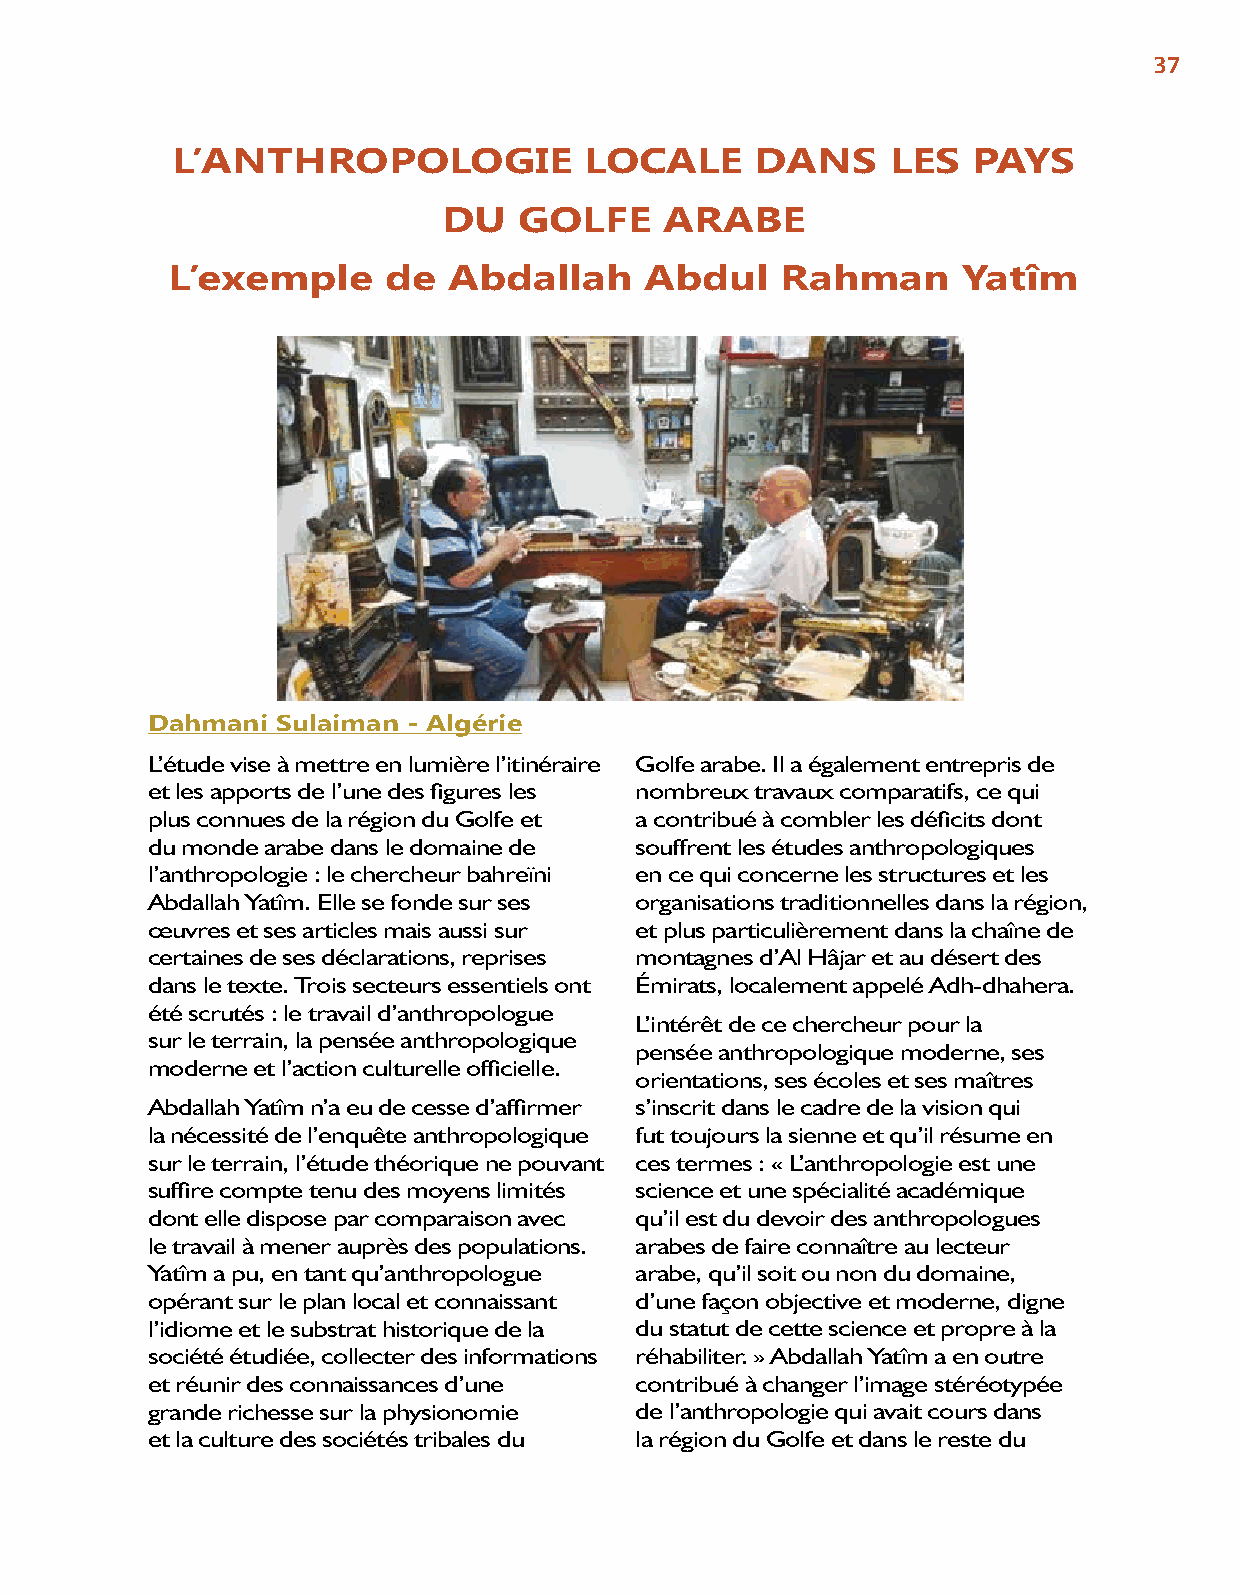
37
 L’ANTHROPOLOGIE             LOCALE     DANS     LES  PAYS
 DU   GOLFE     ARABE
 L’exemple     de   Abdallah     Abdul    Rahman      Yatîm
 Dahmani Sulaiman - Algérie
 L’étude vise à mettre en lumière l’itinéraire Golfe arabe. Il a également entrepris de
 et les apports de l’une des figures les nombreux travaux comparatifs, ce qui
 plus connues de la région du Golfe et a contribué à combler les déficits dont
 du monde arabe dans le domaine de souffrent les études anthropologiques
 l’anthropologie : le chercheur bahreïni en ce qui concerne les structures et les
 Abdallah Yatîm. Elle se fonde sur ses organisations traditionnelles dans la région,
 œuvres et ses articles mais aussi sur et plus particulièrement dans la chaîne de
 certaines de ses déclarations, reprises montagnes d’Al Hâjar et au désert des
 dans le texte. Trois secteurs essentiels ont Émirats, localement appelé Adh-dhahera.
 été scrutés : le travail d’anthropologue
 L’intérêt de ce chercheur pour la
 sur le terrain, la pensée anthropologique
 pensée anthropologique moderne, ses
 moderne et l’action culturelle officielle.
 orientations, ses écoles et ses maîtres
 Abdallah Yatîm n’a eu de cesse d’affirmer s’inscrit dans le cadre de la vision qui
 la nécessité de l’enquête anthropologique fut toujours la sienne et qu’il résume en
 sur le terrain, l’étude théorique ne pouvant ces termes : « L’anthropologie est une
 suffire compte tenu des moyens limités science et une spécialité académique
 dont elle dispose par comparaison avec qu’il est du devoir des anthropologues
 le travail à mener auprès des populations. arabes de faire connaître au lecteur
 Yatîm a pu, en tant qu’anthropologue arabe, qu’il soit ou non du domaine,
 opérant sur le plan local et connaissant d’une façon objective et moderne, digne
 l’idiome et le substrat historique de la du statut de cette science et propre à la
 société étudiée, collecter des informations réhabiliter. » Abdallah Yatîm a en outre
 et réunir des connaissances d’une contribué à changer l’image stéréotypée
 grande richesse sur la physionomie de l’anthropologie qui avait cours dans
 et la culture des sociétés tribales du la région du Golfe et dans le reste du